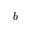
b